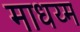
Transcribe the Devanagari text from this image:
माधय्म